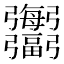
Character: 𢑍